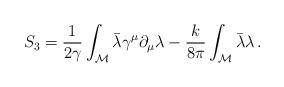
LaTeX: \begin{align*}S_3 = \frac{1}{2\gamma}\int_{\cal M}\bar\lambda\gamma^\mu\partial_\mu\lambda-\frac{k}{8\pi}\int_{\cal M}\bar\lambda\lambda\, .\end{align*}